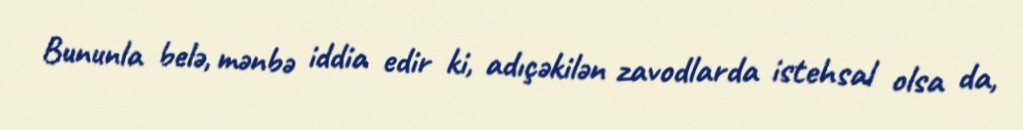
Bununla belə, mənbə iddia edir ki, adıçəkilən zavodlarda istehsal olsa da,